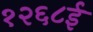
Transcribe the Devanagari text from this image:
१२६८ई